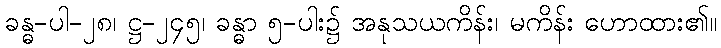
ခန္ဓ-ပါ-၂၈၊ ဋ္ဌ-၂၄၅၊ ခန္ဓာ ၅-ပါး၌ အနုသယကိန်း၊ မကိန်း ဟောထား၏။